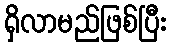
ရှိလာမည်ဖြစ်ပြီး